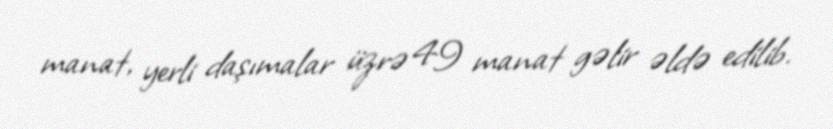
manat, yerli daşımalar üzrə 49 manat gəlir əldə edilib.